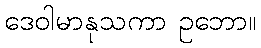
ဒေဝါမာနုသကာ ဥဘော။